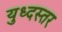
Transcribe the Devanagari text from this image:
युध्दस्तर